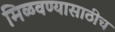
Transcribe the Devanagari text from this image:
मिळवण्यासाठीच